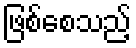
ဖြစ်စေသည့်